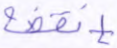
إنقضة